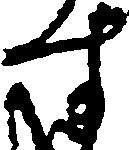
す